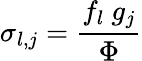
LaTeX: \sigma_{l,j}=\frac{f_{l}\ g_{j}}{\Phi}